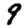
Digit: 9